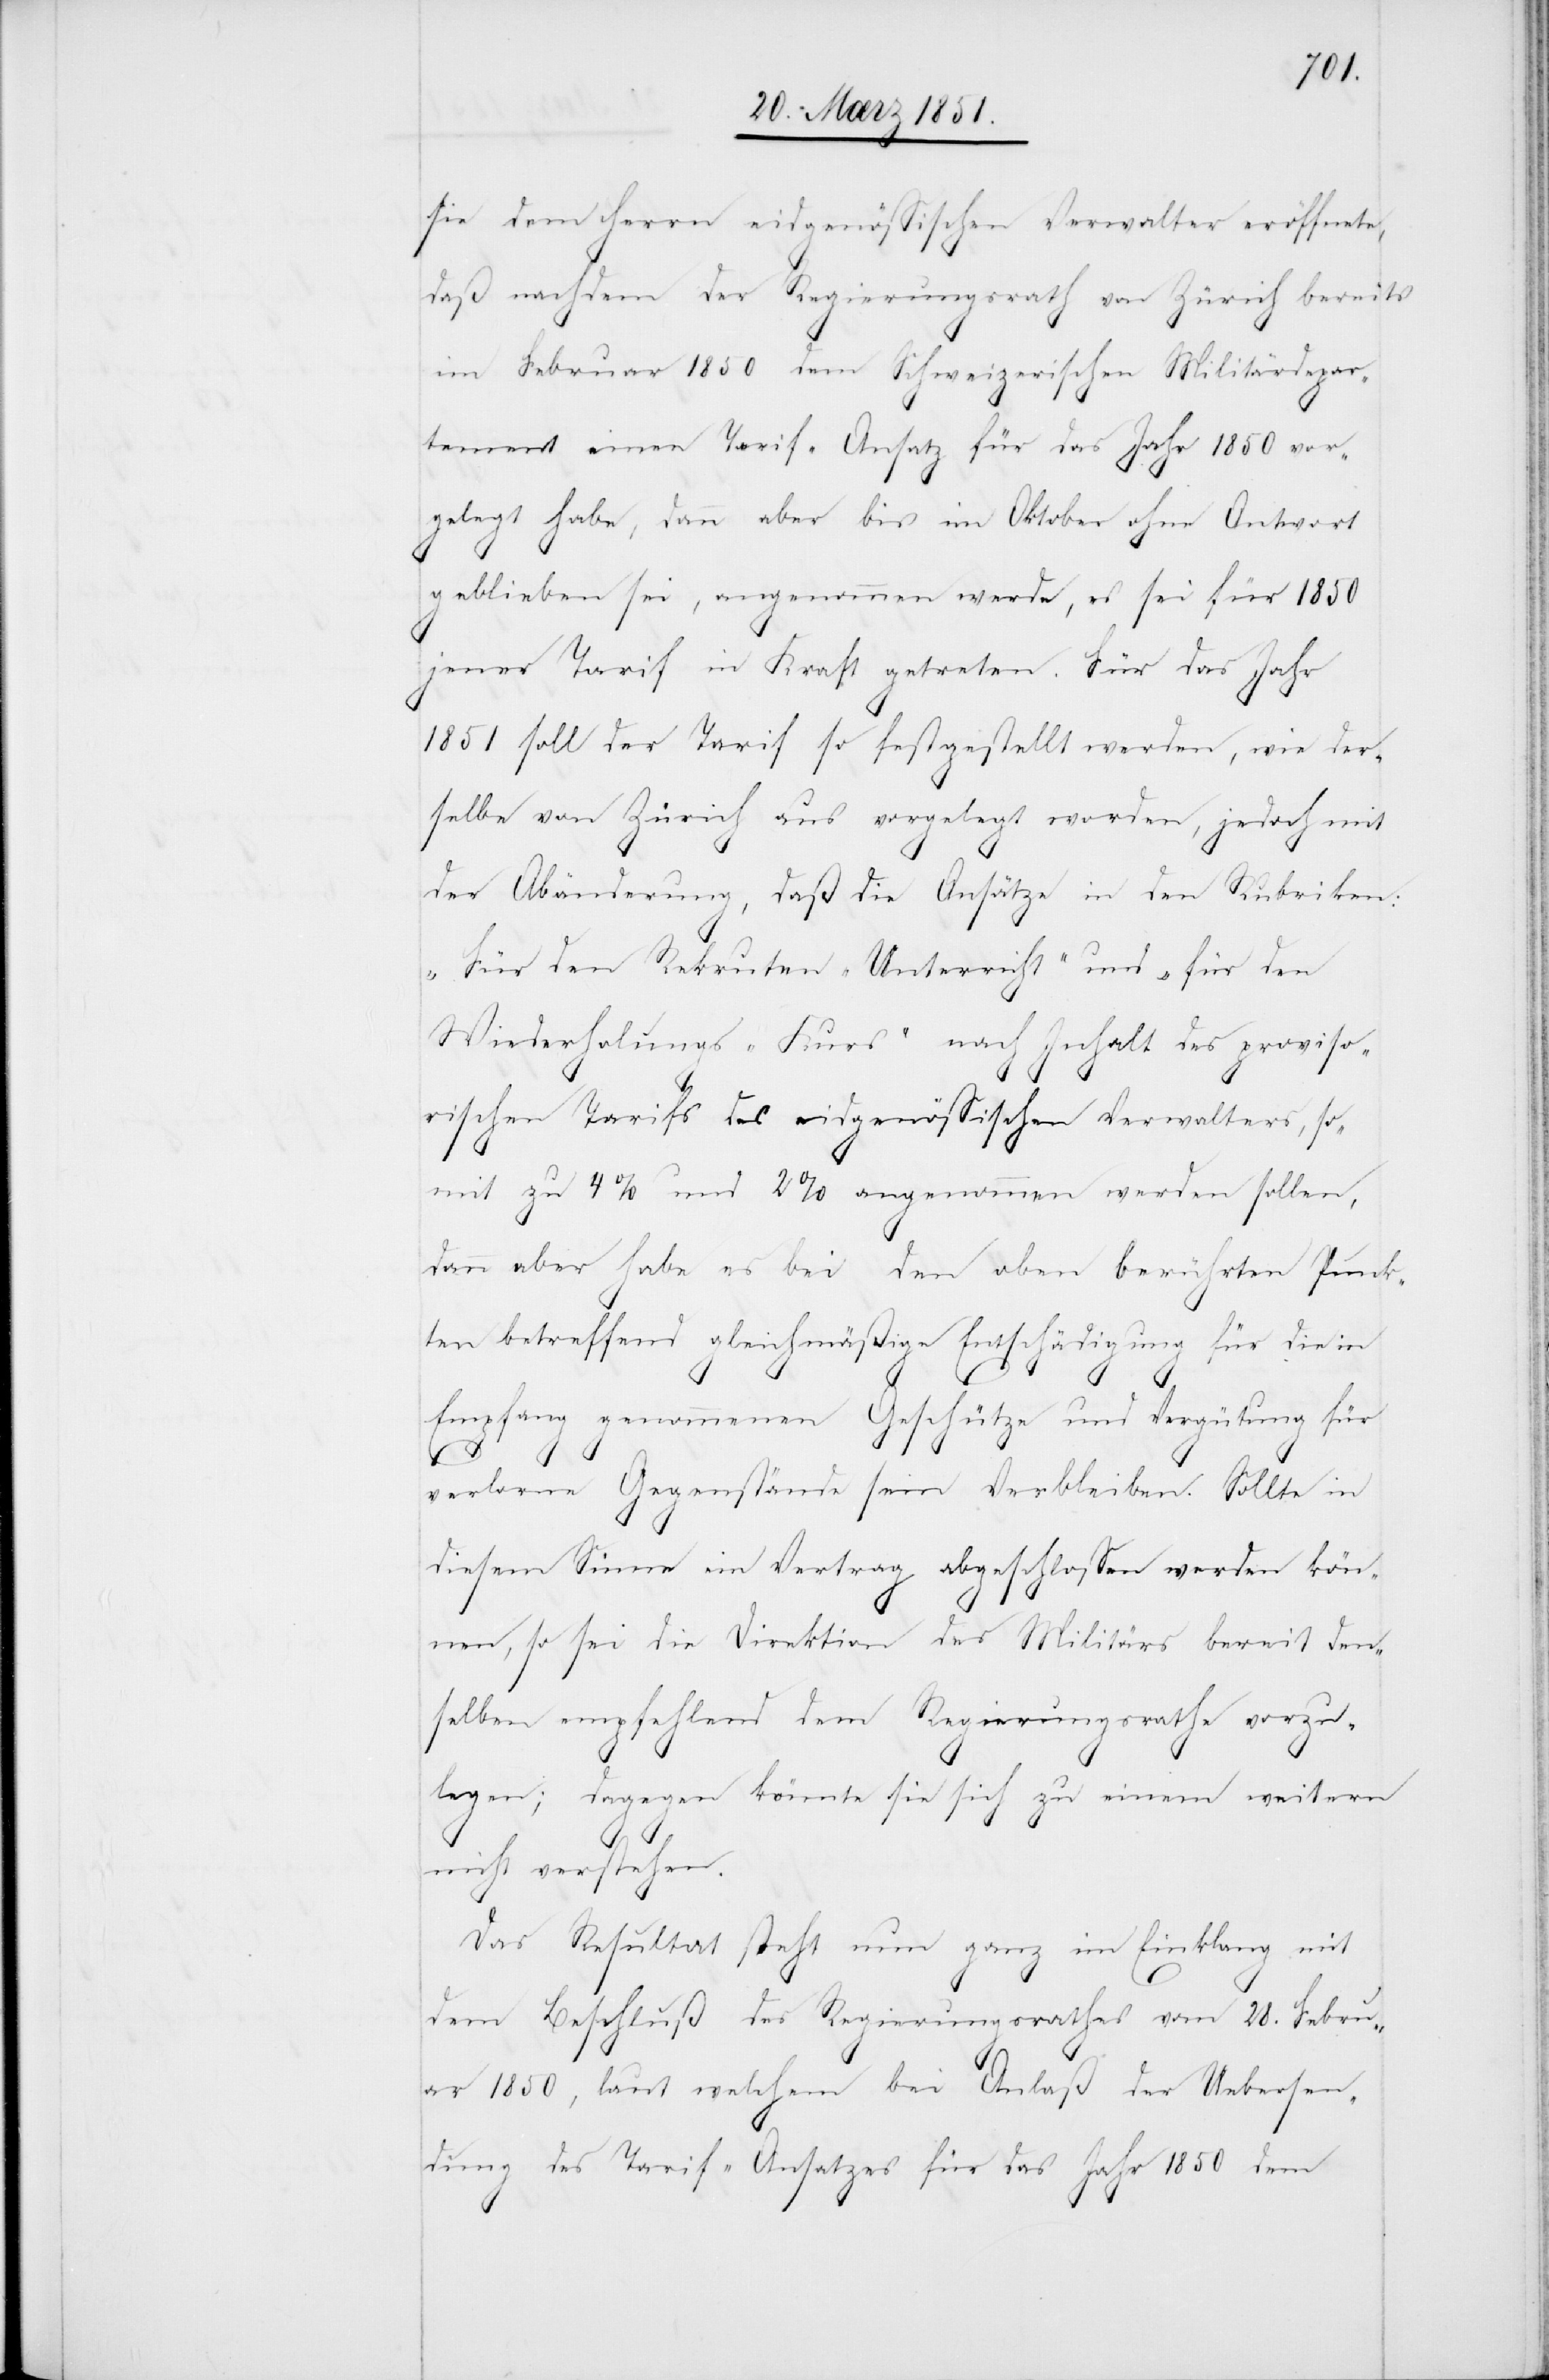
sie dem Herrn eidgenössischen Verwalter eröffnete,
daß nachdem der Regierungsrath von Zürich bereits
im Februar 1850 dem Schweizerischen Militärdepar¬
tement einen Tarif-Ansatz für das Jahr 1850 vor¬
gelegt habe, dann aber bis im Oktober ohne Antwort
geblieben sei, angenommen werde, es sei für 1850
jener Tarif in Kraft getreten. Für das Jahr
1851 soll der Tarif so festgestellt werden, wie der¬
selbe von Zürich aus vorgelegt worden, jedoch mit
der Abänderung, daß die Ansätze in den Rubriken:
„Für den Rekruten-Unterricht“ und „für den
Wiederholungs-Kurs“ nach Inhalt des proviso¬
rischen Tarifs des eidgenössischen Verwalters, so¬
mit zu 4% und 2% angenommen werden sollen,
dann aber habe es bei den oben berührten Punkt¬
en betreffend gleichmäßige Entschädigung für die in
Empfang genommenen Geschütze und Vergütung für
verlorne Gegenstände sein Verbleiben. Sollte in
diesem Sinne ein Vertrag abgeschlossen werden kön¬
nen, so sei die Direktion des Militärs bereit den¬
selben empfehlend dem Regierungsrathe vorzu¬
legen; dagegen könnte sie sich zu einem weitern
nicht verstehen.
Das Resultat steht nun ganz im Einklang mit
dem Beschluß des Regierungsrathes vom 28. Febru¬
ar 1850, laut welchem bei Anlaß der Uebersen¬
dung des Tarif-Ansatzes für das Jahr 1850 dem